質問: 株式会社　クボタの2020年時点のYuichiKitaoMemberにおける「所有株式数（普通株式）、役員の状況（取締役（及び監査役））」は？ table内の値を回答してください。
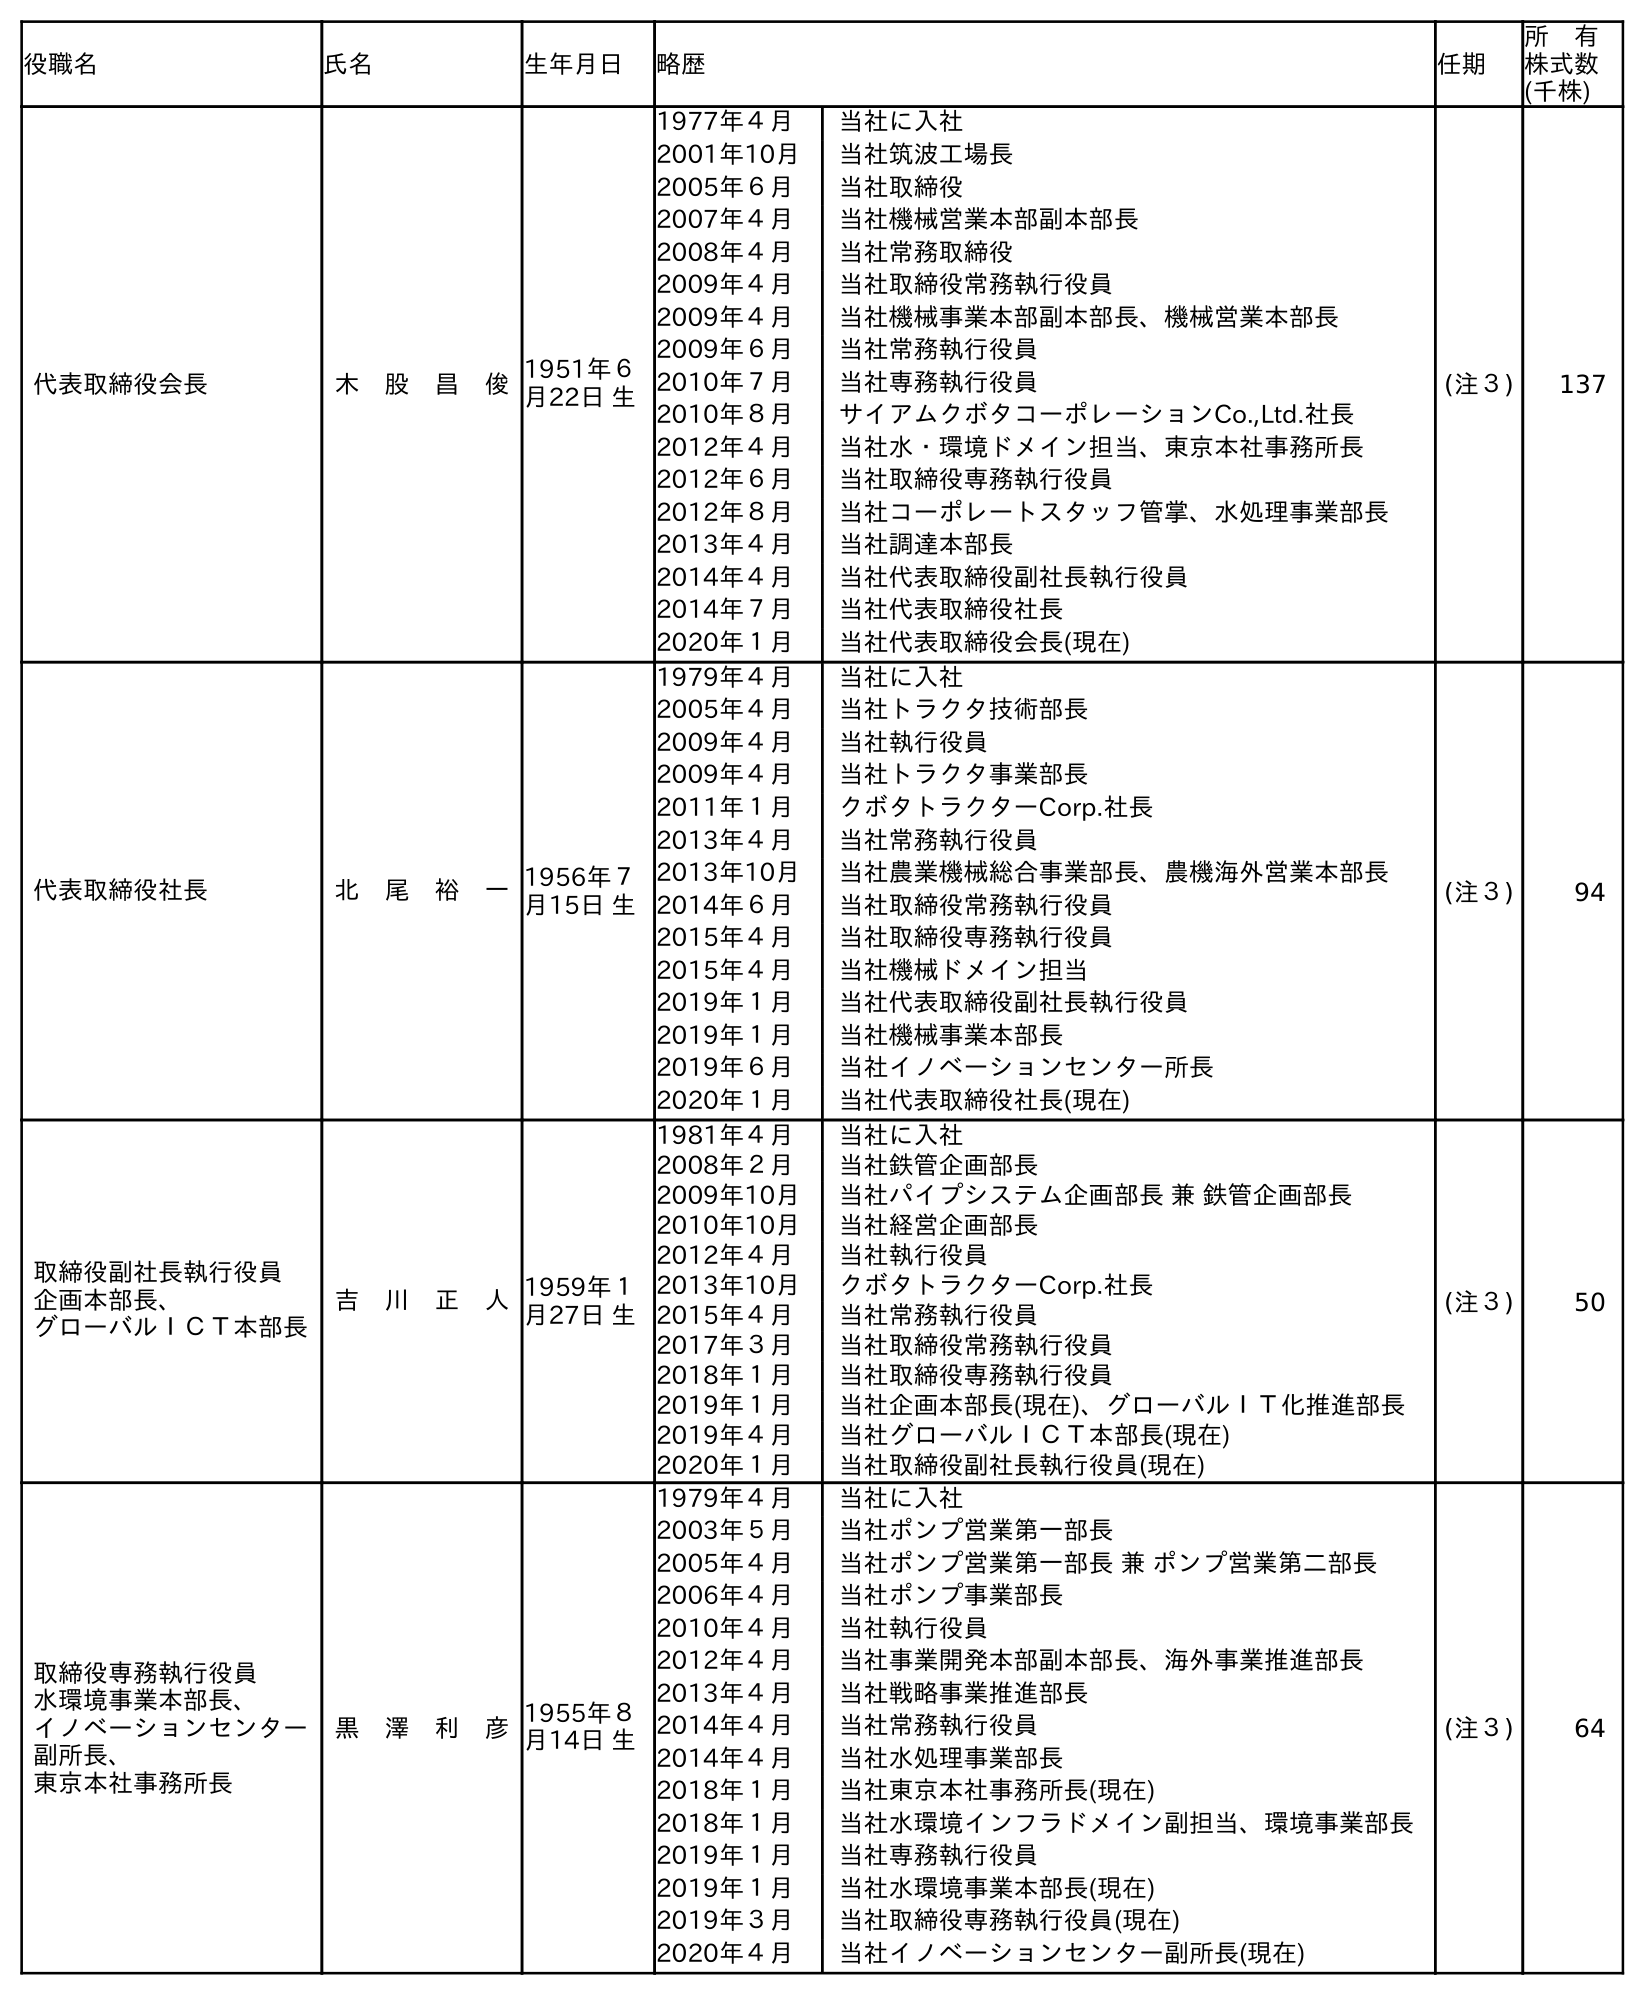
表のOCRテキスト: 役職名 氏名 生年月日 略歴 任期 所 有 株式数 (千株) 代表取締役会長 木 股 昌 俊1951年６ 月22日 生 1977年４月 当社に入社 2001年10月 当社筑波工場長 2005年６月 当社取締役 2007年４月 当社機械営業本部副本部長 2008年４月 当社常務取締役 2009年４月 当社取締役常務執行役員 2009年４月 当社機械事業本部副本部長、機械営業本部長 2009年６月 当社常務執行役員 2010年７月 当社専務執行役員 2010年８月 サイアムクボタコーポレーションCo.,Ltd.社長 2012年４月 当社水・環境ドメイン担当、東京本社事務所長 2012年６月 当社取締役専務執行役員 2012年８月 当社コーポレートスタッフ管掌、水処理事業部長 2013年４月 当社調達本部長 2014年４月 当社代表取締役副社長執行役員 2014年７月 当社代表取締役社長 2020年１月 当社代表取締役会長(現在) (注３) 137 代表取締役社長 北 尾 裕 一1956年７ 月15日 生 1979年４月 当社に入社 2005年４月 当社トラクタ技術部長 2009年４月 当社執行役員 2009年４月 当社トラクタ事業部長 2011年１月 クボタトラクターCorp.社長 2013年４月 当社常務執行役員 2013年10月 当社農業機械総合事業部長、農機海外営業本部長 2014年６月 当社取締役常務執行役員 2015年４月 当社取締役専務執行役員 2015年４月 当社機械ドメイン担当 2019年１月 当社代表取締役副社長執行役員 2019年１月 当社機械事業本部長 2019年６月 当社イノベーションセンター所長 2020年１月 当社代表取締役社長(現在) (注３) 94 取締役副社長執行役員 企画本部長、 グローバルＩＣＴ本部長 吉 川 正 人1959年１ 月27日 生 1981年４月 当社に入社 2008年２月 当社鉄管企画部長 2009年10月 当社パイプシステム企画部長 兼 鉄管企画部長 2010年10月 当社経営企画部長 2012年４月 当社執行役員 2013年10月 クボタトラクターCorp.社長 2015年４月 当社常務執行役員 2017年３月 当社取締役常務執行役員 2018年１月 当社取締役専務執行役員 2019年１月 当社企画本部長(現在)、グローバルＩＴ化推進部長 2019年４月 当社グローバルＩＣＴ本部長(現在) 2020年１月 当社取締役副社長執行役員(現在) (注３) 50 取締役専務執行役員 水環境事業本部長、 イノベーションセンター 副所長、 東京本社事務所長 黑 澤 利 彦1955年８ 月14日 生 1979年４月 当社に入社 2003年５月 当社ポンプ営業第一部長 2005年４月 当社ポンプ営業第一部長 兼 ポンプ営業第二部長 2006年４月 当社ポンプ事業部長 2010年４月 当社執行役員 2012年４月 当社事業開発本部副本部長、海外事業推進部長 2013年４月 当社戦略事業推進部長 2014年４月 当社常務執行役員 2014年４月 当社水処理事業部長 2018年１月 当社東京本社事務所長(現在) 2018年１月 当社水環境インフラドメイン副担当、環境事業部長 2019年１月 当社専務執行役員 2019年１月 当社水環境事業本部長(現在) 2019年３月 当社取締役専務執行役員(現在) 2020年４月 当社イノベーションセンター副所長(現在) (注３) 64
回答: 94